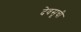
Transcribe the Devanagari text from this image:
देवसूची